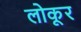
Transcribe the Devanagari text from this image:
लोकूर